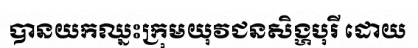
បានយកឈ្នះក្រុមយុវជនសិង្ហបុរី ដោយ